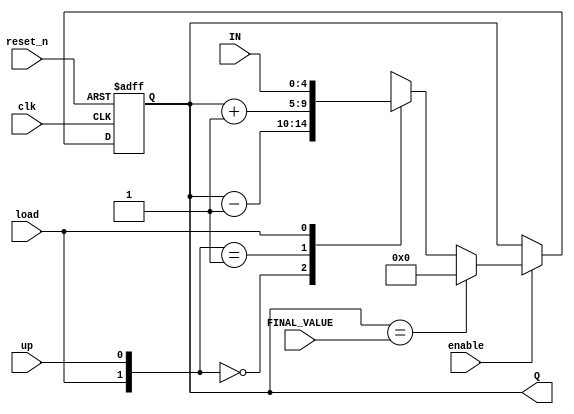
`timescale 1ns / 1ps
//////////////////////////////////////////////////////////////////////////////////
// Company: 
// Engineer: 
// 
// Design Name: 
// Module Name: Modulus_Counter
// Project Name: 
// Target Devices: 
// Tool Versions: 
// Description: 
// 
// Dependencies: 
// 
// Revision:
// Revision 0.01 - File Created
// Additional Comments:
// 
//////////////////////////////////////////////////////////////////////////////////


module Modulus_Counter #(parameter BITS =5)(
        input clk,reset_n,enable ,up ,load,
        input [BITS-1 :0] IN,
        input [BITS-1 :0] FINAL_VALUE,
        output [BITS-1 :0]Q
    );
    
    reg [BITS-1:0]Q_next,Q_reg;
    wire done ;
    assign Q= Q_reg ;
    assign done = Q_reg == FINAL_VALUE  ;
    
    always @(posedge clk , negedge reset_n)
    begin
        if(!reset_n)
        Q_reg <= 'b0;
        else if(enable)
        Q_reg <= Q_next ;
        else
        Q_reg <= Q_reg ;
    end
    
    
    always @(*)
    begin
    if(done)
    Q_next = 'b0;
    else
    casex({load,up})
    2'b00: Q_next = Q_reg -1;
    2'b01: Q_next = Q_reg +1;
    2'b1x: Q_next = IN ;
    default : Q_next = Q_reg;
    endcase
    end
    
endmodule